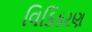
વિકિકરણ